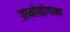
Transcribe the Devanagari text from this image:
ग्रामोद्योगांना